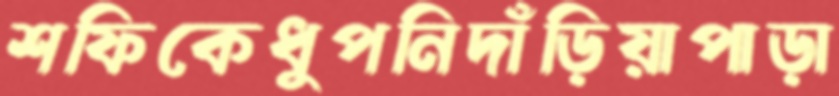
শফিকেধুপনিদাঁড়িয়াপাড়া